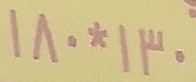
130*180